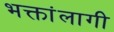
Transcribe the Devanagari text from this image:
भक्तांलागी